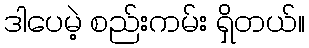
ဒါပေမဲ့ စည်းကမ်း ရှိတယ်။